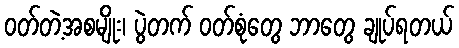
ဝတ်တဲ့အစမျိုး၊ ပွဲတက် ဝတ်စုံတွေ ဘာတွေ ချုပ်ရတယ်